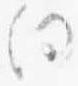
向